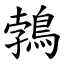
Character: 鵓